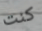
كنت